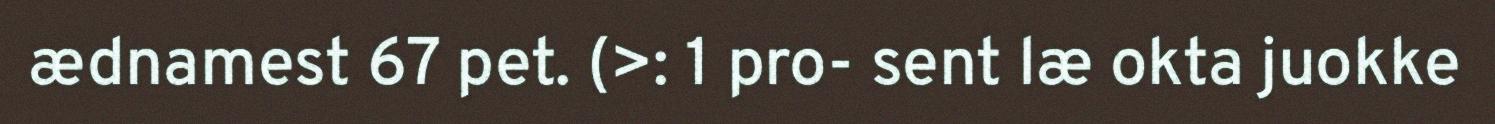
ædnamest 67 pet. (>: 1 pro- sent læ okta juokke